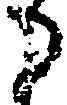
る